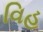
વિહ